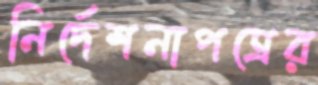
নির্দেশনাপত্রের